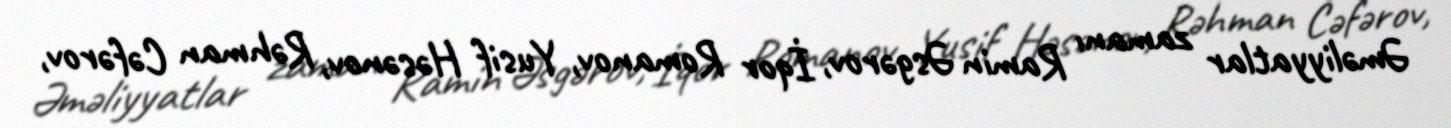
Əməliyyatlar zamanı Ramin Əsgərov, İqor Romanov, Yusif Həsənov, Rəhman Cəfərov,